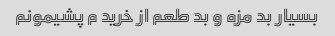
بسیار بد مزه و بد طعم از خرید م پشیمونم